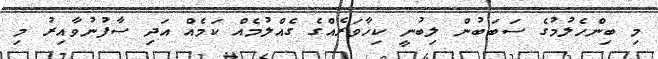
މި ބިންހެލުމުގެ ސަބަބުން ލިބުނީ ކިހާވަރެއްގެ ގެއްލުމެއް ކަމެއް އަދި ސާފުނުވާއިރު މި